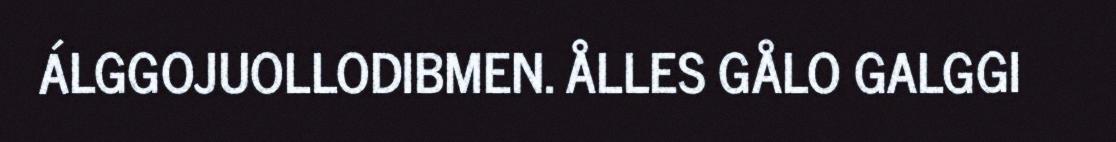
ÁLGGOJUOLLODIBMEN. ÅLLES GÅLO GALGGI